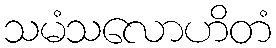
သမံသလောဟိတံ